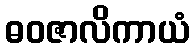
ဓဝဇာလိကာယံ